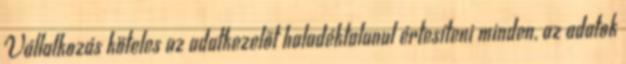
Vállalkozás köteles az adatkezelőt haladéktalanul értesíteni minden, az adatok